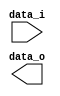
module Zero_Filled( data_i, data_o );

//I/O ports
input	[16-1:0] data_i;
output	[32-1:0] data_o;

//Internal Signals
wire	[32-1:0] data_o;

//Zero_Filled

endmodule